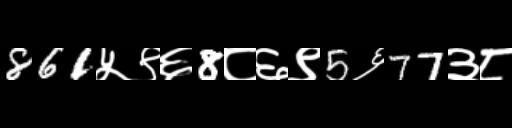
Text: 861५९६8८६९5६77३८